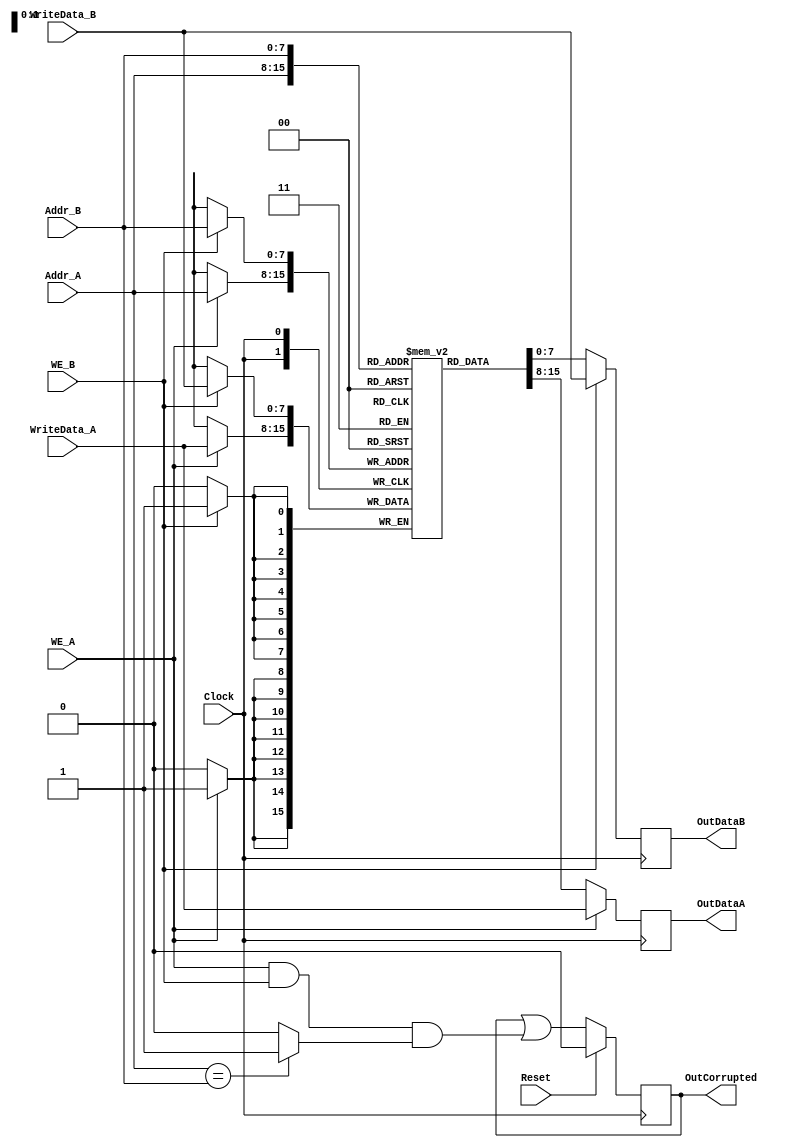
`timescale 1ns/1ps
`default_nettype none
// PLEASE READ THIS, IT MAY SAVE YOU SOME TIME AND MONEY, THANK YOU!
// * This file was generated by Quokka FPGA Toolkit.
// * Generated code is your property, do whatever you want with it
// * Place custom code between [BEGIN USER ***] and [END USER ***].
// * CAUTION: All code outside of [USER] scope is subject to regeneration.
// * Bad things happen sometimes in developer's life,
//   it is recommended to use source control management software (e.g. git, bzr etc) to keep your custom code safe'n'sound.
// * Internal structure of code is subject to change.
//   You can use some of signals in custom code, but most likely they will not exist in future (e.g. will get shorter or gone completely)
// * Please send your feedback, comments, improvement ideas etc. to evmuryshkin@gmail.com
// * Visit https://github.com/EvgenyMuryshkin/QuokkaEvaluation to access latest version of playground
//
// DISCLAIMER:
//   Code comes AS-IS, it is your responsibility to make sure it is working as expected
//   no responsibility will be taken for any loss or damage caused by use of Quokka toolkit.
//
// System configuration name is TDP_RAMModule_TopLevel, clock frequency is 1Hz, Top-level
// FSM summary
// -- Packages
module TDP_RAMModule_TopLevel
(
	// [BEGIN USER PORTS]
	// [END USER PORTS]
	input wire Clock,
	input wire Reset,
	input wire [7:0] Addr_A,
	input wire [7:0] Addr_B,
	input wire WE_A,
	input wire WE_B,
	input wire [7:0] WriteData_A,
	input wire [7:0] WriteData_B,
	output wire OutCorrupted,
	output wire [7:0] OutDataA,
	output wire [7:0] OutDataB
);
	// [BEGIN USER SIGNALS]
	// [END USER SIGNALS]
	localparam HiSignal = 1'b1;
	localparam LoSignal = 1'b0;
	wire Zero = 1'b0;
	wire One = 1'b1;
	wire true = 1'b1;
	wire false = 1'b0;
	wire [7: 0] Inputs_Addr_A;
	wire [7: 0] Inputs_Addr_B;
	wire Inputs_WE_A;
	wire Inputs_WE_B;
	wire [7: 0] Inputs_WriteData_A;
	wire [7: 0] Inputs_WriteData_B;
	reg NextState_SameAddressWrite;
	reg [7: 0] State_DataA;
	reg [7: 0] State_DataB;
	reg State_SameAddressWrite = 1'b0;
	wire State_SameAddressWriteDefault = 1'b0;
	wire TDP_RAMModule_L36F9L48T10_TDP_RAMModule_L37F42T130_Expr;
	wire TDP_RAMModule_L36F9L48T10_TDP_RAMModule_L37F42T130_Expr_1;
	wire TDP_RAMModule_L36F9L48T10_TDP_RAMModule_L37F42T130_Expr_2;
	wire TDP_RAMModule_L36F9L48T10_TDP_RAMModule_L37F69T129_Expr;
	wire TDP_RAMModule_L36F9L48T10_TDP_RAMModule_L37F69T129_Expr_1;
	wire TDP_RAMModule_L36F9L48T10_TDP_RAMModule_L37F69T129_Expr_2;
	wire TDP_RAMModule_L36F9L48T10_TDP_RAMModule_L37F69T95_Expr;
	wire TDP_RAMModule_L36F9L48T10_TDP_RAMModule_L37F69T95_Expr_1;
	wire TDP_RAMModule_L36F9L48T10_TDP_RAMModule_L37F69T95_Expr_2;
	wire TDP_RAMModule_L36F9L48T10_TDP_RAMModule_L37F99T129_Expr;
	wire signed [8: 0] TDP_RAMModule_L36F9L48T10_TDP_RAMModule_L37F99T129_ExprLhs;
	wire signed [8: 0] TDP_RAMModule_L36F9L48T10_TDP_RAMModule_L37F99T129_ExprRhs;
	integer State_Buff_Iterator;
	reg [7 : 0] State_Buff [0 : 255];
	initial
	begin : Init_State_Buff
		for (State_Buff_Iterator = 0; State_Buff_Iterator < 256; State_Buff_Iterator = State_Buff_Iterator + 1)
			State_Buff[State_Buff_Iterator] = 0;
	end
	// Port A
	always @ (posedge Clock)
	begin
		if (Inputs_WE_A)
		begin
			State_Buff[Inputs_Addr_A] <= Inputs_WriteData_A;
			State_DataA <= Inputs_WriteData_A;
		end
		else
		begin
			State_DataA <= State_Buff[Inputs_Addr_A];
		end
	end
	// Port B
	always @ (posedge Clock)
	begin
		if (Inputs_WE_B)
		begin
			State_Buff[Inputs_Addr_B] <= Inputs_WriteData_B;
			State_DataB <= Inputs_WriteData_B;
		end
		else
		begin
			State_DataB <= State_Buff[Inputs_Addr_B];
		end
	end
	always @ (posedge Clock)
	begin
		if ((Reset == 1))
		begin
			State_SameAddressWrite <= State_SameAddressWriteDefault;
		end
		else
		begin
			State_SameAddressWrite <= NextState_SameAddressWrite;
		end
	end
	assign TDP_RAMModule_L36F9L48T10_TDP_RAMModule_L37F99T129_Expr = TDP_RAMModule_L36F9L48T10_TDP_RAMModule_L37F99T129_ExprLhs == TDP_RAMModule_L36F9L48T10_TDP_RAMModule_L37F99T129_ExprRhs ? 1'b1 : 1'b0;
	assign TDP_RAMModule_L36F9L48T10_TDP_RAMModule_L37F42T130_Expr = TDP_RAMModule_L36F9L48T10_TDP_RAMModule_L37F42T130_Expr_1 | TDP_RAMModule_L36F9L48T10_TDP_RAMModule_L37F42T130_Expr_2;
	assign TDP_RAMModule_L36F9L48T10_TDP_RAMModule_L37F69T129_Expr = TDP_RAMModule_L36F9L48T10_TDP_RAMModule_L37F69T129_Expr_1 & TDP_RAMModule_L36F9L48T10_TDP_RAMModule_L37F69T129_Expr_2;
	assign TDP_RAMModule_L36F9L48T10_TDP_RAMModule_L37F69T95_Expr = TDP_RAMModule_L36F9L48T10_TDP_RAMModule_L37F69T95_Expr_1 & TDP_RAMModule_L36F9L48T10_TDP_RAMModule_L37F69T95_Expr_2;
	always @ (*)
	begin
		NextState_SameAddressWrite = State_SameAddressWrite;
		NextState_SameAddressWrite = TDP_RAMModule_L36F9L48T10_TDP_RAMModule_L37F42T130_Expr;
	end
	assign TDP_RAMModule_L36F9L48T10_TDP_RAMModule_L37F99T129_ExprLhs = {
		1'b0,
		Inputs_Addr_A
	}
	;
	assign TDP_RAMModule_L36F9L48T10_TDP_RAMModule_L37F99T129_ExprRhs = {
		1'b0,
		Inputs_Addr_B
	}
	;
	assign TDP_RAMModule_L36F9L48T10_TDP_RAMModule_L37F42T130_Expr_1 = State_SameAddressWrite;
	assign TDP_RAMModule_L36F9L48T10_TDP_RAMModule_L37F42T130_Expr_2 = TDP_RAMModule_L36F9L48T10_TDP_RAMModule_L37F69T129_Expr;
	assign TDP_RAMModule_L36F9L48T10_TDP_RAMModule_L37F69T129_Expr_1 = TDP_RAMModule_L36F9L48T10_TDP_RAMModule_L37F69T95_Expr;
	assign TDP_RAMModule_L36F9L48T10_TDP_RAMModule_L37F69T129_Expr_2 = TDP_RAMModule_L36F9L48T10_TDP_RAMModule_L37F99T129_Expr;
	assign TDP_RAMModule_L36F9L48T10_TDP_RAMModule_L37F69T95_Expr_1 = Inputs_WE_A;
	assign TDP_RAMModule_L36F9L48T10_TDP_RAMModule_L37F69T95_Expr_2 = Inputs_WE_B;
	assign Inputs_Addr_A = Addr_A;
	assign Inputs_Addr_B = Addr_B;
	assign Inputs_WE_A = WE_A;
	assign Inputs_WE_B = WE_B;
	assign Inputs_WriteData_A = WriteData_A;
	assign Inputs_WriteData_B = WriteData_B;
	assign OutCorrupted = State_SameAddressWrite;
	assign OutDataA = State_DataA;
	assign OutDataB = State_DataB;
	// [BEGIN USER ARCHITECTURE]
	// [END USER ARCHITECTURE]
endmodule